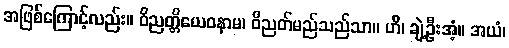
အဖြစ်ကြောင့်လည်း။ ဝိညတ္တိယေဝနာမ၊ ဝိညတ်မည်သည်သာ။ ဟိ၊ ချဲ့ဦးအံ့။ အယံ၊